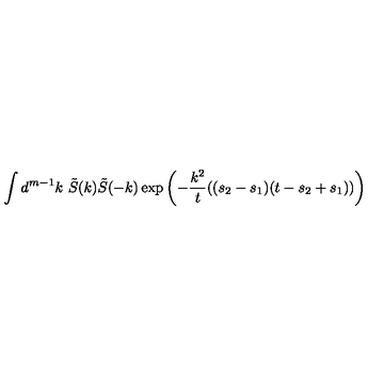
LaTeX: \int d ^ { m - 1 } k \ \tilde { S } ( k ) \tilde { S } ( - k ) \exp \left( - \frac { k ^ { 2 } } { t } ( ( s _ { 2 } - s _ { 1 } ) ( t - s _ { 2 } + s _ { 1 } ) ) \right)